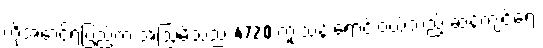
ကိုအောင်ရဲပြည့်က အံဩမိသည် 4720 ကူးသန်းရောင်းဝယ်သည့် ဆန့်ကျင့်ရေး